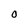
Character: O